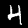
Label: 4